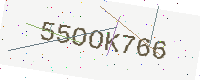
Text: 55OOK766